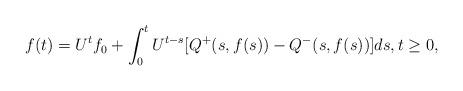
LaTeX: \begin{align*}f(t)=U^tf_0+\int_0^tU^{t-s}[Q^{+}(s,f(s))-Q^{-}(s,f(s))]ds, t\geq 0, \end{align*}